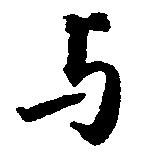
与